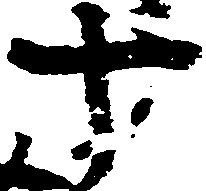
十